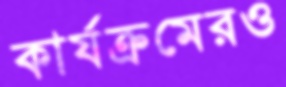
কার্যক্রমেরও